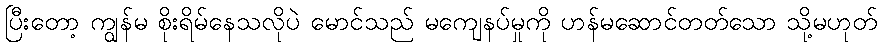
ပြီးတော့ ကျွန်မ စိုးရိမ်နေသလိုပဲ မောင်သည် မကျေနပ်မှုကို ဟန်မဆောင်တတ်သော သို့မဟုတ်